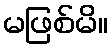
မဖြစ်မိ။